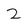
Character: 2